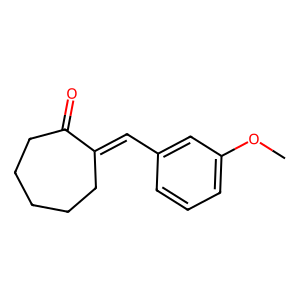
SMILES: COc1cccc(C=C2CCCCCC2=O)c1
Inhibits HIV replication: No